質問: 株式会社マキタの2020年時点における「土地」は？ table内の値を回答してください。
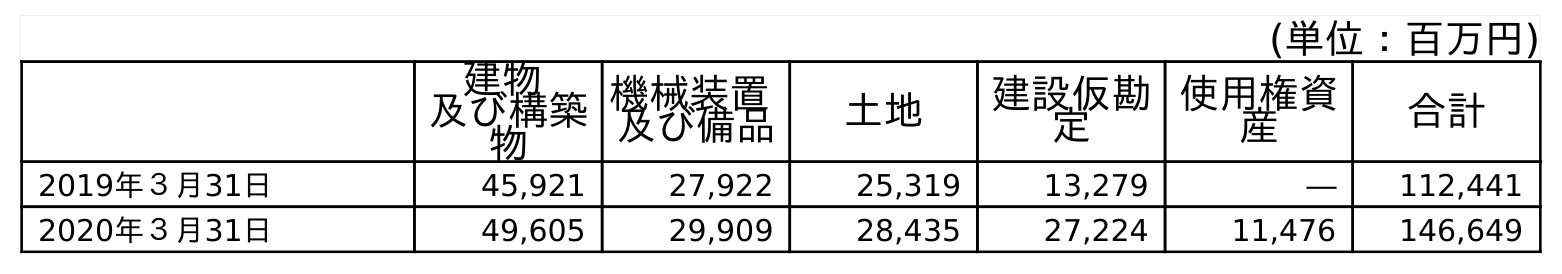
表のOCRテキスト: (単位：百万円) 建物 及び構築 物 機械装置 及び備品 土地 建設仮勘 定 使用権資 産 合計 2019年３月31日 45,921 27,922 25,319 13,279 ― 112,441 2020年３月31日 49,605 29,909 28,435 27,224 11,476 146,649
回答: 28,435